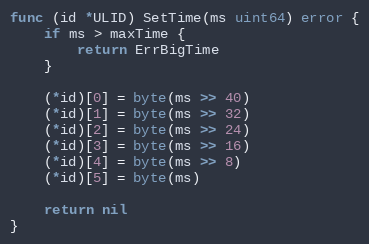
Language: Go
func (id *ULID) SetTime(ms uint64) error {
	if ms > maxTime {
		return ErrBigTime
	}

	(*id)[0] = byte(ms >> 40)
	(*id)[1] = byte(ms >> 32)
	(*id)[2] = byte(ms >> 24)
	(*id)[3] = byte(ms >> 16)
	(*id)[4] = byte(ms >> 8)
	(*id)[5] = byte(ms)

	return nil
}